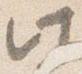
此